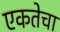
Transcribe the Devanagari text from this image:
एकतेचा